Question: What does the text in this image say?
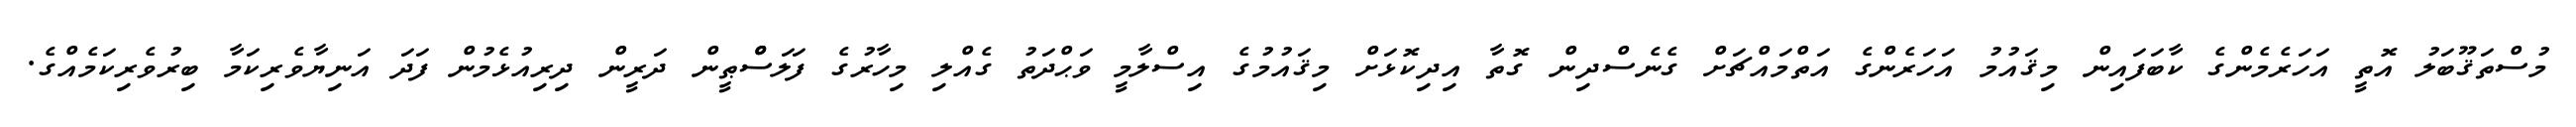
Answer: މުސްތަޤޫބަލު އޮތީ އަހަރެމެންގެ ކާބަފައިން މިޤައުމު އަހަރެންގެ އަތްމައްޗަށް ގެނެސްދިން ގޮތާ އިދިކޮޅަށް މިޤައުމުގެ އިސްލާމީ ވަޙްދަތު ގެއްލި މިހާރުގެ ފަލަސްްޠީން ދަރީން ދިރިއުޅެމުން ފަދަ އަނިޔާވެރިކަމާ ބިރުވެރިކަމެއްގެ.